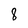
Character: 8